Report on the working of the mental hospitals for Indians in Bihar and Orissa - 1925-1929
Year: 1925
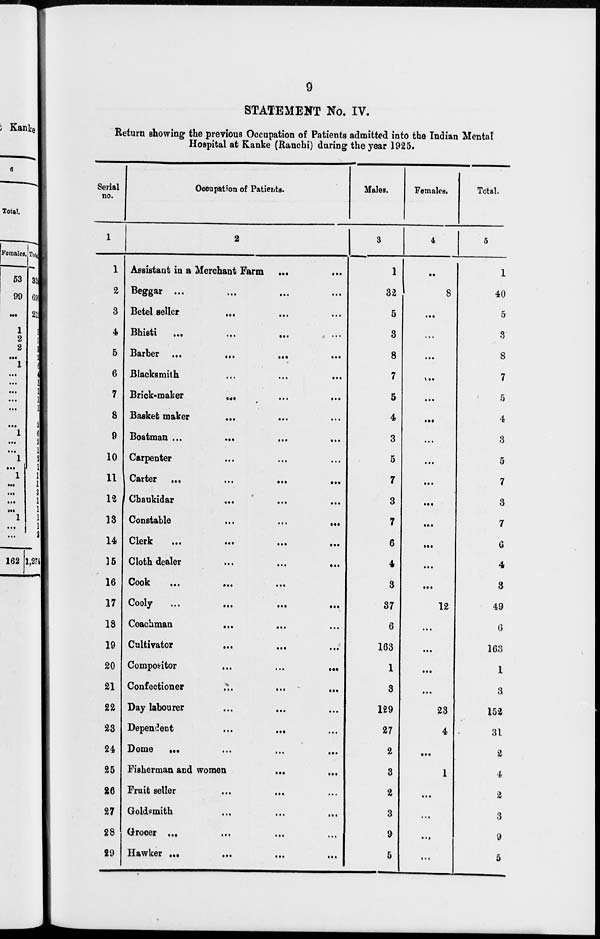
9
STATEMENT No. IV.
Return showing the previous Occupation of Patients admitted into the Indian Mental
Hospital at Kanke (Ranchi) during the year 1925.
Serial
no.
1
1
2
3
4
5
6
7
8
9
10
11
12
13
14
15
16
17
18
19
20
21
22
23
24
25
26
27
28
29
Occupation of Patients.
2
Assistant in a Merchant Farm
...
...
Beggar ... ... ... ...
Betel seller ... ... ...
Bhisti
...
...
...
...
Barber
...
...
...
...
Blacksmith ... ... ...
Brick-maker ... ... ...
Basket maker ... ... ...
Boatman
...
...
...
...
Carpenter ... ... ... ...
Carter
...
...
...
...
Chaukidar ... ... ...
Constable
...
...
...
Clerk
...
...
...
...
Cloth dealer
...
...
...
Cook ... ... ...
Cooly
...
...
...
...
Coachman
...
...
...
Cultivator
...
...
...
Compositor
...
...
...
Confectioner
...
...
...
Day labourer ... ... ...
Dependent
...
...
...
Dome
...
...
...
...
Fisherman and women
...
...
Fruit seller
...
...
Goldsmith
...
...
...
Grocer
...
...
...
...
Hawker
...
...
...
...
Males.
3
1
32
5
3
8
7
5
4
3
5
7
3
7
6
4
3
37
6
163
1
3
129
27
2
3
2
3
9
5
Females.
4
...
8
...
...
...
...
...
...
...
...
...
...
...
...
...
...
12
...
...
...
...
23
4
...
1
...
...
...
...
Total.
5
1
40
5
3
8
7
5
4
3
5
7
3
7
6
4
3
49
6
163
1
3
152
31
2
4
2
3
9
5